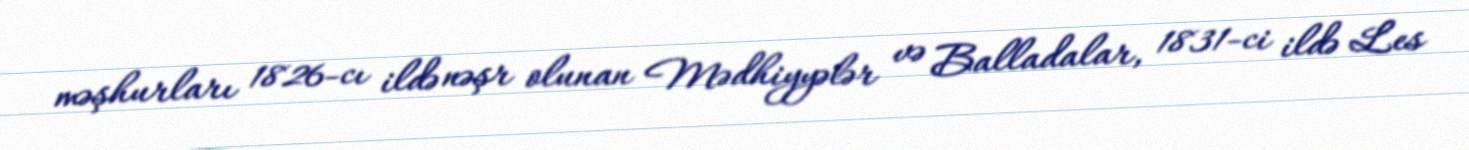
məşhurları 1826-cı ildə nəşr olunan Mədhiyyələr və Balladalar, 1831-ci ildə Les